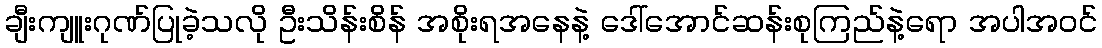
ချီးကျူးဂုဏ်ပြုခဲ့သလို ဦးသိန်းစိန် အစိုးရအနေနဲ့ ဒေါ်အောင်ဆန်းစုကြည်နဲ့ရော အပါအဝင်